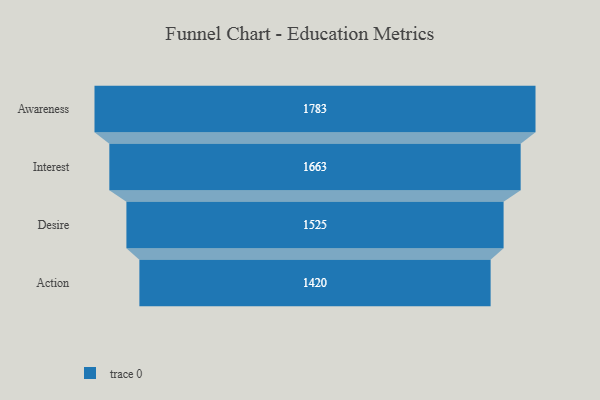
{"axis": {"x": "Stage", "y": "Value"}, "legend": [""], "data": [{"x": "Awareness", "y": 1783.0, "type": ""}, {"x": "Interest", "y": 1663.0, "type": ""}, {"x": "Desire", "y": 1525.0, "type": ""}, {"x": "Action", "y": 1420.0, "type": ""}]}